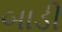
બાડી